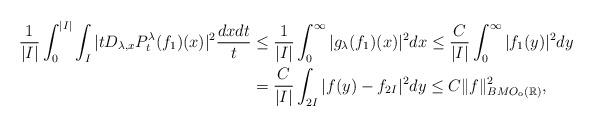
LaTeX: \begin{align*}\frac{1}{|I|}\int_0^{|I|}\int_I|tD_{\lambda ,x}P_t^\lambda (f_1)(x)|^2\frac{dxdt}{t}&\leq \frac{1}{|I|}\int_0^\infty |g_\lambda (f_1)(x)|^2dx\leq \frac{C}{|I|}\int_0^\infty |f_1(y)|^2dy\\&=\frac{C}{|I|}\int_{2I} |f(y)-f_{2I}|^2dy\leq C\|f\|_{BMO_{\rm o}(\mathbb{R})}^2,\end{align*}